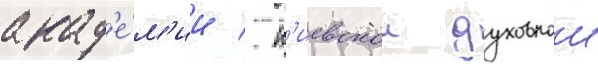
акад'е́м'ии / к'иевскои духовнои